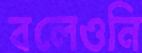
বলেওনি